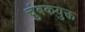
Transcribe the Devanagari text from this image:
चुंबकयुक्त